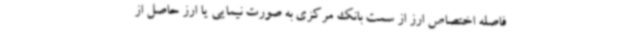
فاصله اختصاص ارز از سمت بانک مرکزی به صورت نیمایی یا ارز حاصل از